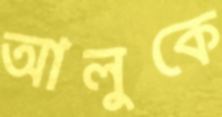
আলুকে